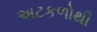
અટકળોથી